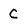
Character: C